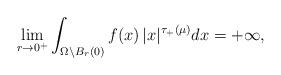
LaTeX: \begin{align*} \lim_{r\to0^+} \int_{\Omega\setminus B_r(0)} f(x)\, |x|^{\tau_+(\mu)}dx =+\infty,\end{align*}